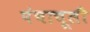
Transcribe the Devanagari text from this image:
पंचाचूली